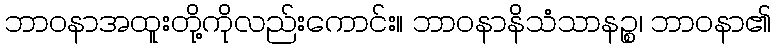
ဘာဝနာအထူးတို့ကိုလည်းကောင်း။ ဘာဝနာနိသံသာနဉ္စ၊ ဘာဝနာ၏